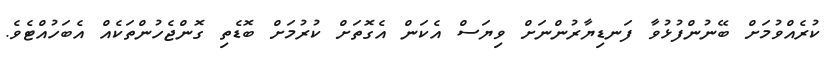
ކުރެއްވުމަށް ބޭނުންފުޅުވާ ފަނޑިޔާރުންނަށް ވިޔަސް އެކަން އެގޮތަށް ކުރުމަށް ބޮޑެތި ގޮންޖެހުންތަކެއް އެބަހުއްޓެވެ.